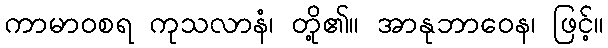
ကာမာဝစရ ကုသလာနံ၊ တို့၏။ အာနုဘာဝေန၊ ဖြင့်။